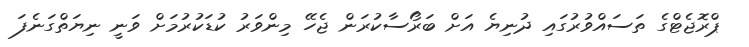
ޕްރޮޖެޓްގެ ތަސައްވުރުގައި ދުނިޔެ އަށް ބަރޯސާކުރަން ޖެހޭ މިންވަރު ކުޑަކުރުމަށް ވަނީ ނިޔަތްގަނެފަ